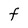
Character: a